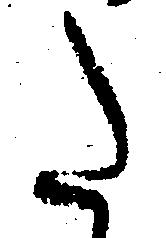
た